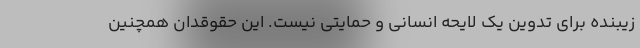
زیبنده برای تدوین یک لایحه انسانی و حمایتی نیست. این حقوقدان همچنین